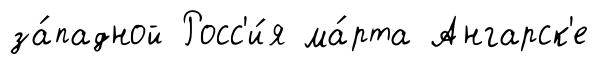
за́падной Росс'и́я ма́рта Ангарск'е